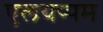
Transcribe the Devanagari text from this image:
एलयप्पम